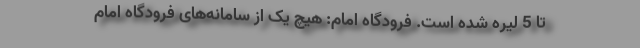
تا 5 لیره شده است. فرودگاه امام: هیچ یک از سامانه‌های فرودگاه امام